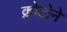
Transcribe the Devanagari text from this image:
क्रोटोने